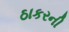
ઠાકરની